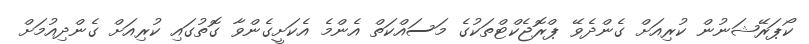
ކޯޕަރޭޝަނުން ކުރިއަށް ގެންދެވޭ ޕްރޮޖެކްޓްތަކުގެ މަސައްކަތް އެންމެ އެކަށީގެންވާ ގޮތުގައި ކުރިއަށް ގެންދިއުމަށް